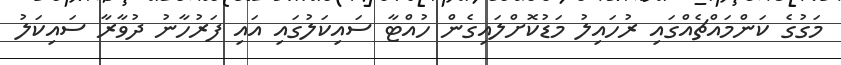
މަގުގެ ކަންމައްޗެއްގައި ރުހައިލު މަޑުކޮށްލައިގެން ހުއްޓާ ސައިކަލުގައި އައި ފަރުހާނު ދުވާރާ ސައިކަލު